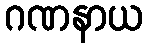
ဂဏနာယ